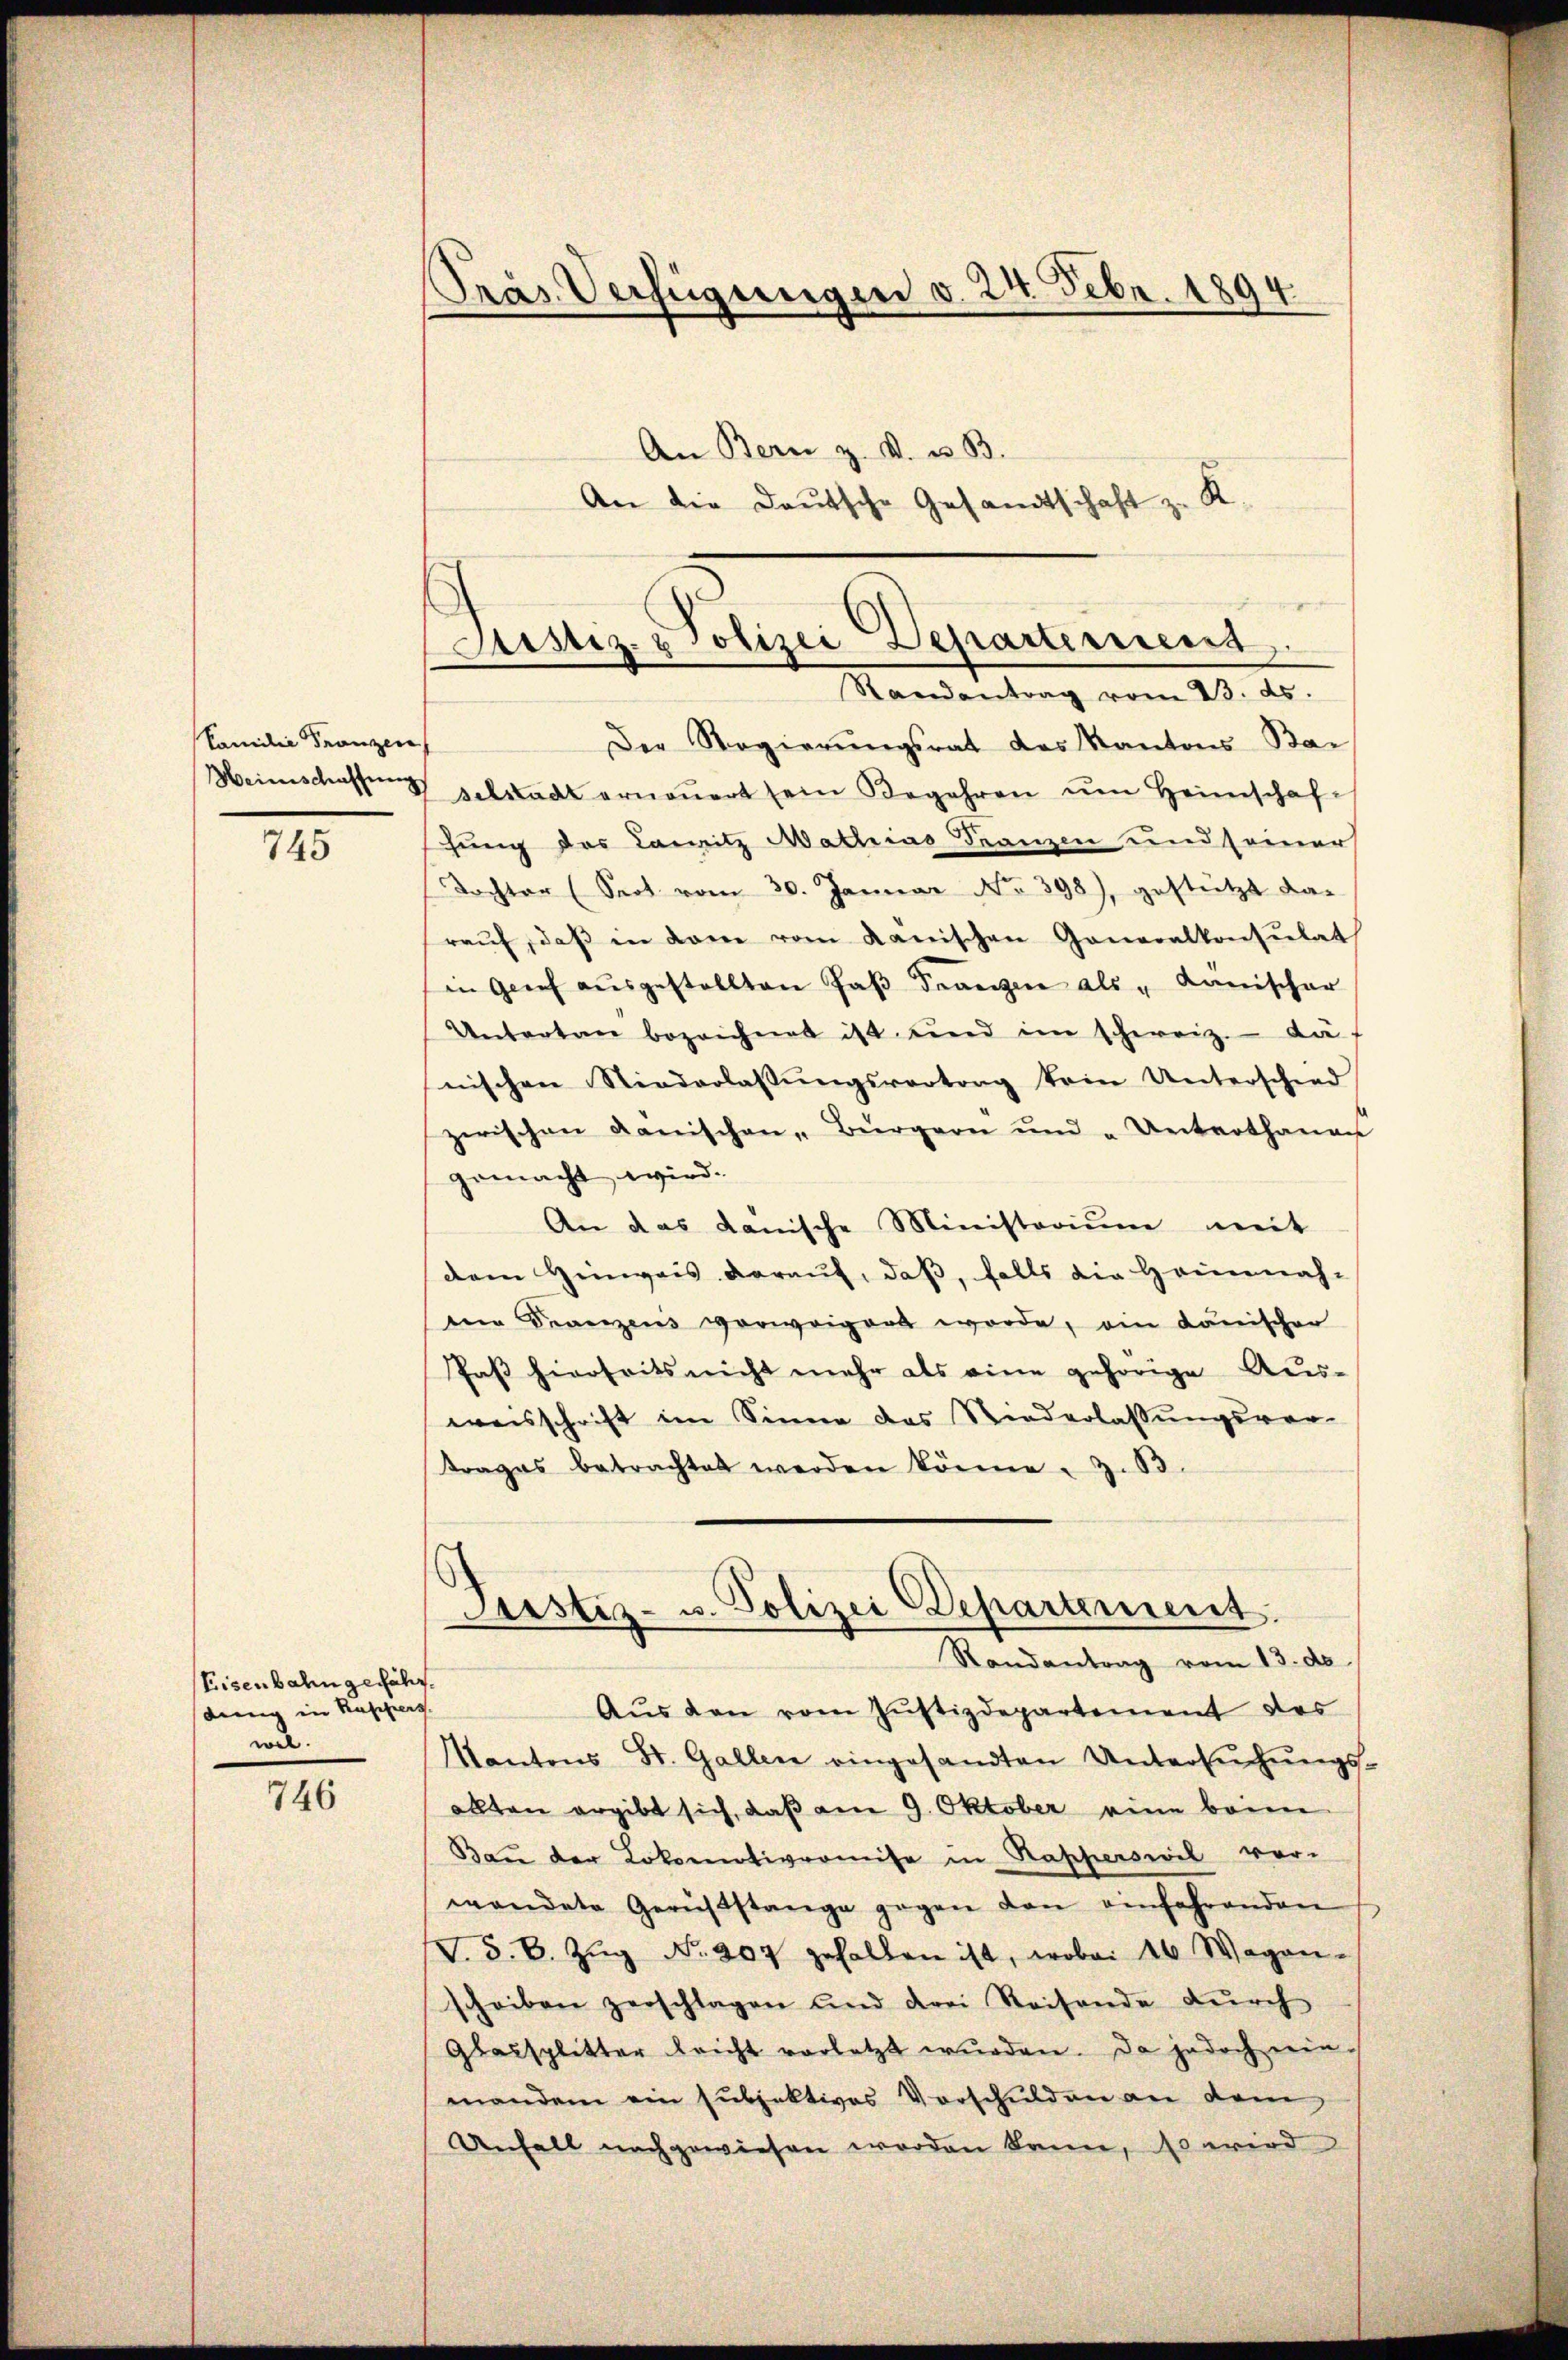
Familie Franzere

745

Eisenbahn gefährdung in Kappers
wel.

746

Pras. Verfügungen v. 24. Febr. 1894.

An Bern z. B. u. B.
An die Deutsche Gesandtschaft z. K.

Justiz- & Polizei Departemens
Randantrag vom 23. ds.

Der Regierŭngsrat des Kantons Bai
Weinschaffung selstadt erneṅert sein Begehren ŭm Heimschaf
hung des Lanitz Mathias Franzen und seiner
Tochter (Seot vom 30. Januar No. 398), gestützt da-
raŭf, daβ in dem vom Kanischen Generalkonsulat
in Genf aŭsgestellten Paβ Franzen als „Kanischer
Unterten bezeichnet ist und im schweiz. Käf
nischen Niederlassŭngsvortrag kein Unterschied
zwischen Lanischen-Bürgern und Unterthanen
gemacht wird.
An das danische Ministerium mit
dem Hinweis darauf, daß, falls die Heinnah-
ne Franzens verweigen werde, ein Lanischer
Paß hierseits nicht mehr als eine gehörige Aus-
weisschrift im Sinne das Niederlassungsver-
trages betrachtet werden könne. Z. 13.
Justiz- u. Polizei Departement.
Randantrag vom 13. de
Aŭs den vom Justizdepartement des
Kantons St. Gallen eingesandten Untersŭchŭngs-
allten ergibt sich, daß am 9. Oktober eine beim
Bau der Lokomotivromise in Rapperswil vor-
wendete Gerichtstange gegen den einfahrenden
T. S. B. Zŭg No. 207 gehalten ist, wobei 10 Wagen-
scheiben zerschlagen und drei Reisende dŭrch
Glaesplitter leicht vorletzt wurden. Da jedoch ein
mandem ein subjektives Vorschulden an dem
Unfall nachgewiesen worden kann, so wird